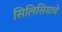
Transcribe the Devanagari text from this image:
सिलिसियाचे